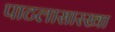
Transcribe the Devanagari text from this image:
पाटलासारखा